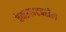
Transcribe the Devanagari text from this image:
वेबसाइटवरील